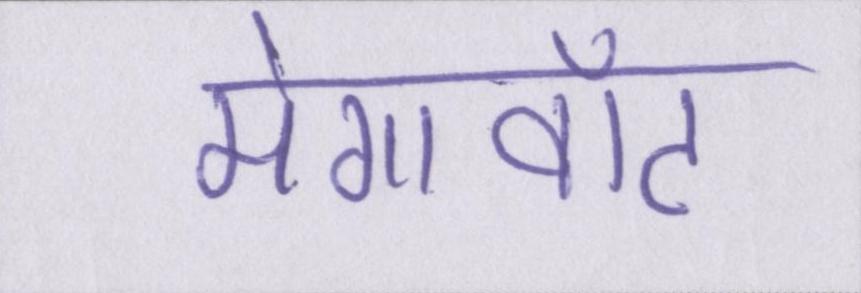
मेगावॉट